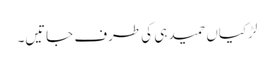
لڑکیاں حمید ہی کی طرف جاتیں۔